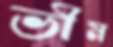
ভীম